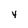
Character: 4